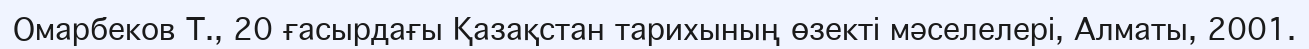
Омарбеков Т., 20 ғасырдағы Қазақстан тарихының өзекті мәселелері, Алматы, 2001.